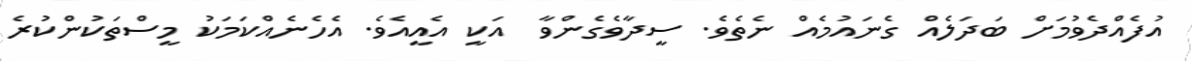
އުފެއްދެވުމަށް ބަދަލެއް ގެނައުމެއް ނެތެވެ. ސީދާވެގެންވާ  އަކީ އެއީއެވެ. އެހެނެއްކަމަކު މީސްތަކުންކުރެ